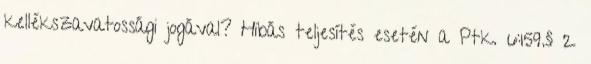
kellékszavatossági jogával? Hibás teljesítés esetén a Ptk. 6:159.§ 2